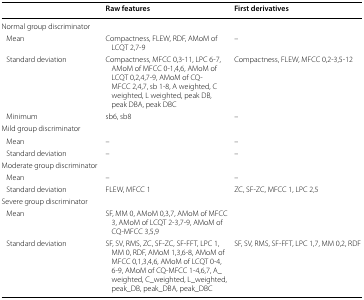
<table><thead><tr><td></td><td><b>Raw features</b></td><td><b>First derivatives</b></td></tr></thead><tbody><tr><td colspan="3">Normal group discriminator</td></tr><tr><td> Mean</td><td>Compactness, FLEW, RDF, AMoM of LCQT 2,7-9</td><td>–</td></tr><tr><td> Standard deviation</td><td>Compactness, MFCC 0,3-11, LPC 6-7, AMoM of MFCC 0-1,4,6, AMoM of LCQT 0,2,4,7-9, AMoM of CQ-MFCC 2,4,7, sb 1-8, A weighted, C weighted, L weighted, peak DB, peak DBA, peak DBC</td><td>Compactness, FLEW, MFCC 0,2-3,5-12</td></tr><tr><td> Minimum</td><td>sb6, sb8</td><td>–</td></tr><tr><td colspan="3">Mild group discriminator</td></tr><tr><td> Mean</td><td>–</td><td>–</td></tr><tr><td> Standard deviation</td><td>–</td><td>–</td></tr><tr><td colspan="3">Moderate group discriminator</td></tr><tr><td> Mean</td><td>–</td><td>–</td></tr><tr><td> Standard deviation</td><td>FLEW, MFCC 1</td><td>ZC, SF-ZC, MFCC 1, LPC 2,5</td></tr><tr><td colspan="3">Severe group discriminator</td></tr><tr><td> Mean</td><td>SF, MM 0, AMoM 0,3,7, AMoM of MFCC 3, AMoM of LCQT 2-3,7-9, AMoM of CQ-MFCC 3,5,9</td><td></td></tr><tr><td> Standard deviation</td><td>SF, SV, RMS, ZC, SF-ZC, SF-FFT, LPC 1, MM 0, RDF, AMoM 1,3,6-8, AMoM of MFCC 0,1,3,4,6, AMoM of LCQT 0-4, 6-9, AMoM of CQ-MFCC 1-4,6,7, A_weighted, C_weighted, L_weighted, peak_DB, peak_DBA, peak_DBC</td><td>SF, SV, RMS, SF-FFT, LPC 1,7, MM 0,2, RDF</td></tr></tbody></table>